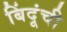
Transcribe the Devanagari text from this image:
बिंदूंची